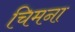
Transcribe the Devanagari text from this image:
चिमना